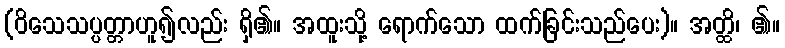
(ဝိသေသပ္ပတ္တာဟူ၍လည်း ရှိ၏။ အထူးသို့ ရောက်သော ထက်ခြင်းသည်ပေး)။ အတ္ထိ၊ ၏။